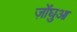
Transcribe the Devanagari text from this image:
ज़ोंघुआ